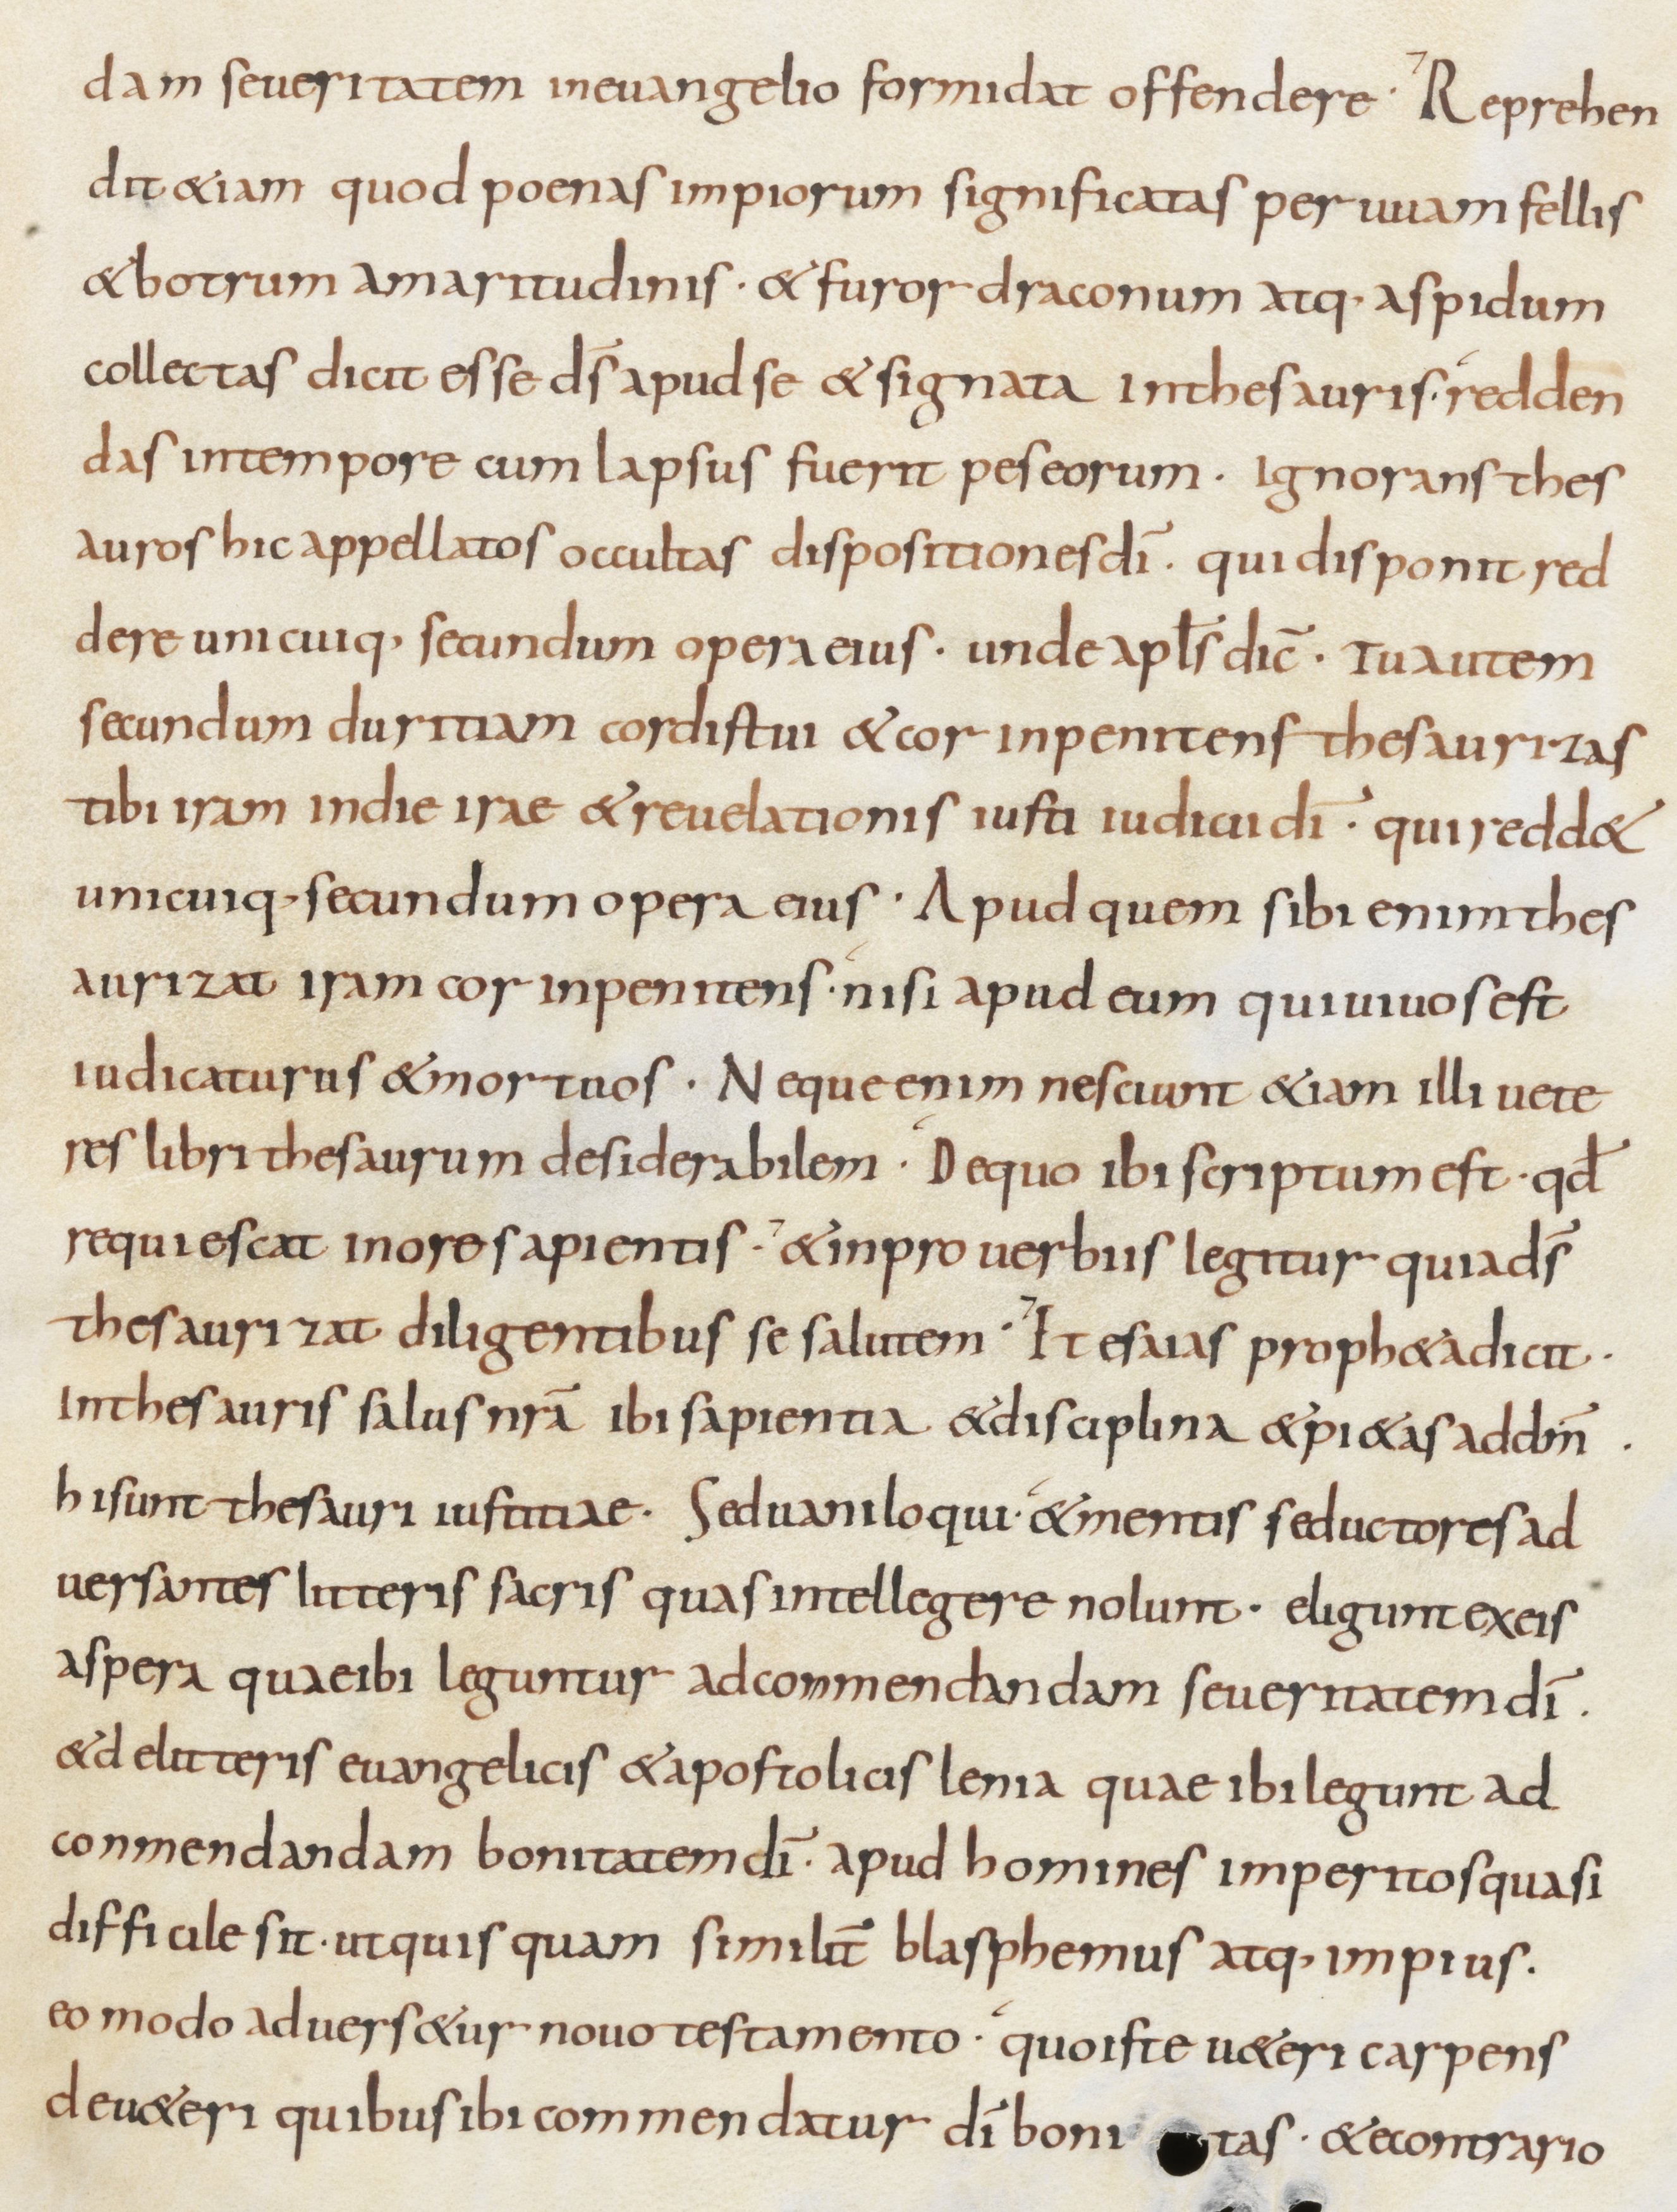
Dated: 800–899